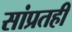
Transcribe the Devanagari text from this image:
सांप्रतही